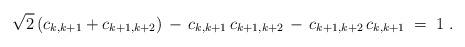
LaTeX: \begin{align*}\sqrt{2}\,(c_{k,k+1}+c_{k+1,k+2})\,-\,c_{k,k+1}\,c_{k+1,k+2}\,-\, c_{k+1,k+2}\,c_{k,k+1} \;=\; 1\;.\end{align*}